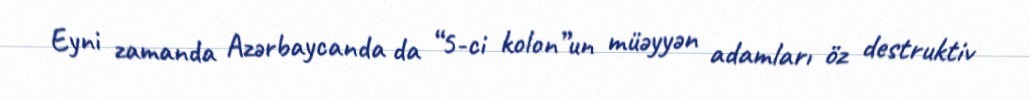
Eyni zamanda Azərbaycanda da “5-ci kolon”un müəyyən adamları öz destruktiv